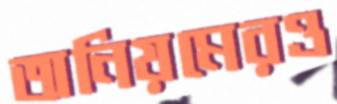
অনিয়মেরও